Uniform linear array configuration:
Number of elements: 48
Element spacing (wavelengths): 0.25
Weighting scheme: blackman
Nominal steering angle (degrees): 30
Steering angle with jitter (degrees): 31.834
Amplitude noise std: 0.05
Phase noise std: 0.05

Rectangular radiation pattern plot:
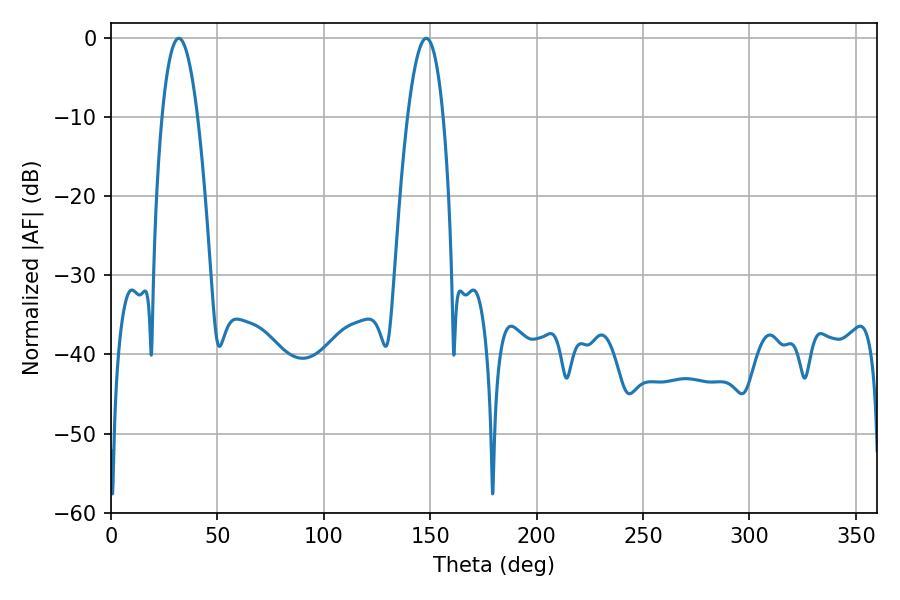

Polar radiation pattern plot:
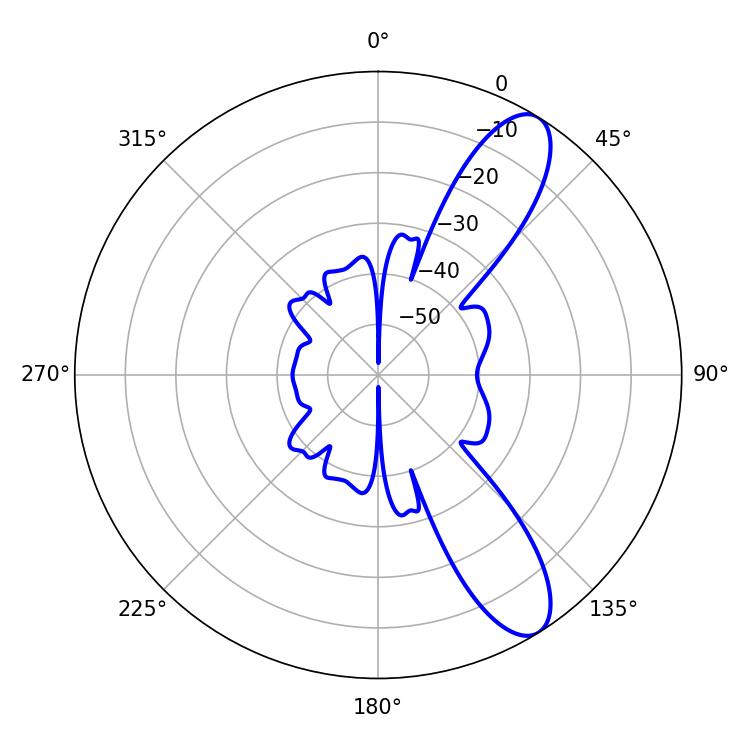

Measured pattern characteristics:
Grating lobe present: FALSE
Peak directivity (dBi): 10.373
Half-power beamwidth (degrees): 9.18
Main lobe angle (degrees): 31.86